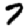
Digit: 7